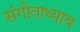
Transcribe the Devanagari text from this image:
संगीताध्याय